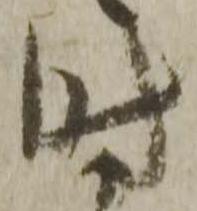
時